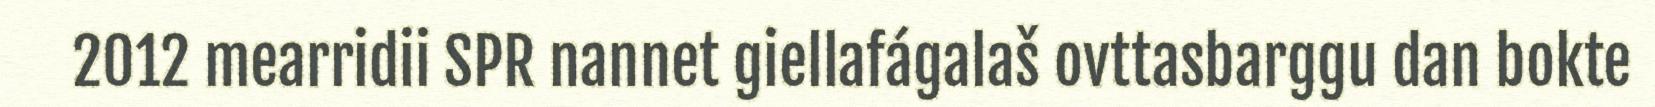
2012 mearridii SPR nannet giellafágalaš ovttasbarggu dan bokte